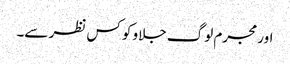
اور مجرم لوگ جلاو کو کس نظر سے۔